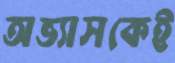
অভ্যাসকেই